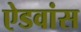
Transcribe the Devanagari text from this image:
ऐडवांस